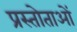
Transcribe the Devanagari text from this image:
प्रस्तोताओं